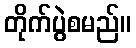
တိုက်ပွဲစမည်။